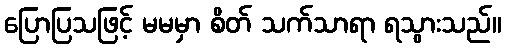
ပြောပြသဖြင့် မမမှာ စိတ် သက်သာရာ ရသွားသည်။